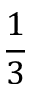
\frac 1 3